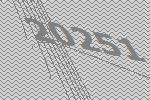
20251